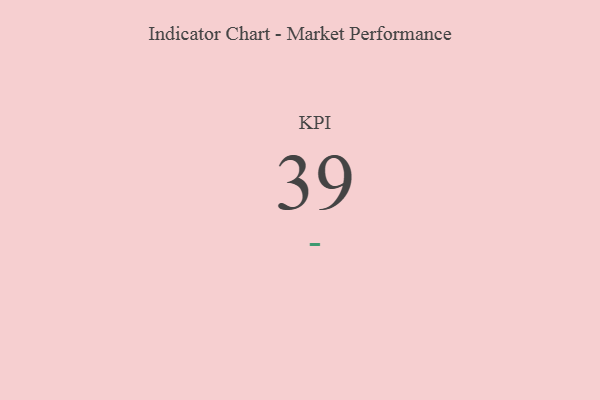
{"axis": {"x": "KPI", "y": "Value"}, "legend": [""], "data": [{"x": "KPI", "y": 39, "type": ""}]}